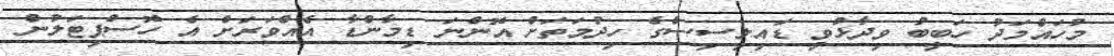
މުހައްމަދު ހަބީބު ވިދާޅުވީ ޑައިލިސިސްގެ ހިދުމަތަށް އޮންނަ ޑިމާންޑާ އެއްވަރަށް އެ ހޮސްޕިޓަލުން